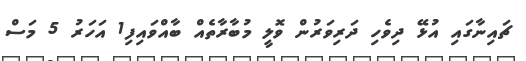
ޗައިނާގައި އުޅޭ ދިވެހި ދަރިވަރުން ވޮލީ މުބާރާތެއް ބާއްވައިފި1 އަހަރު 5 މަސް